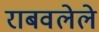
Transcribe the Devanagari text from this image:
राबवलेले